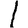
Digit: 1